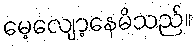
မေ့လျော့နေမိသည်။